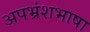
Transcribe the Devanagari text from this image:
अपभ्रंशभाषा